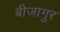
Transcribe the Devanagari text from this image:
बीजागुर